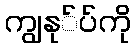
ကျွနု်ပ်ကို